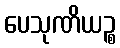
ပေသုဏိယဉ္စ